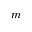
m